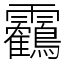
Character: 靏